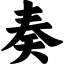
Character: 奏